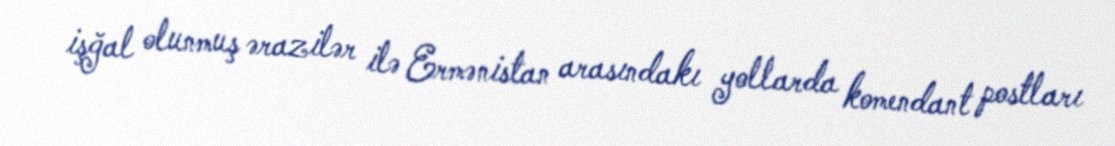
işğal olunmuş ərazilər ilə Ermənistan arasındakı yollarda komendant postları